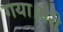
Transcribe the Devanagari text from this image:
गया।मैरी